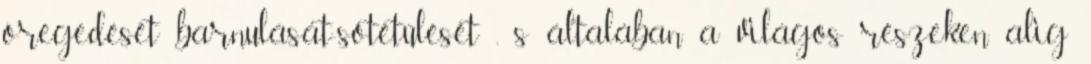
öregedését barnulását-sötétülését , s általában a világos részeken alig